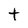
Character: t